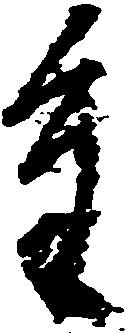
重